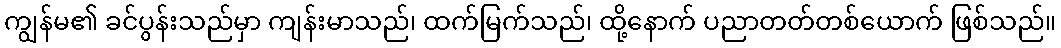
ကျွန်မ၏ ခင်ပွန်းသည်မှာ ကျန်းမာသည်၊ ထက်မြက်သည်၊ ထို့နောက် ပညာတတ်တစ်ယောက် ဖြစ်သည်။